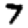
Digit: 7